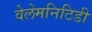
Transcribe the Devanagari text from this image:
वेलेमनिटिडी